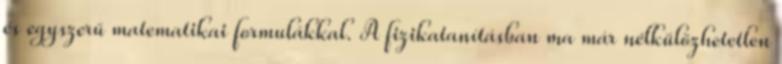
és egyszerű matematikai formulákkal. A fizikatanításban ma már nélkülözhetetlen